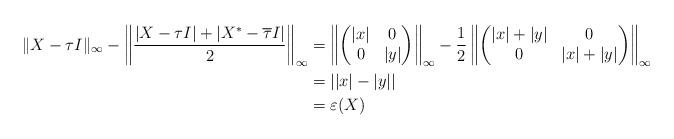
LaTeX: \begin{align*}\| X -\tau I\|_{\infty}-\left\| \frac{ |X-\tau I| +|X^*-\overline{\tau}I|}{2} \right\|_{\infty}&=\left\|\begin{pmatrix}|x| & 0 \\0 & |y| \end{pmatrix}\right\|_{\infty}-\frac{1}{2}\left\|\begin{pmatrix}|x| +|y| & 0 \\0 & |x|+|y| \end{pmatrix}\right\|_{\infty} \\&= \left| |x|-|y| \right| \\&=\varepsilon(X)\end{align*}